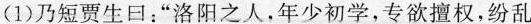
(1)乃短贾生曰：“洛阳之人，年少初学，专欲擅权，纷乱